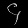
Digit: ၄